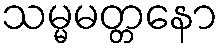
သမ္မမတ္တနော